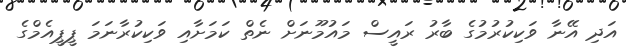
އަދި އޭނާ ވަކިކުރުމުގެ ބާރު ރައީސް މައުމޫނަށް ނެތް ކަމަށާއި ވަކިކުރާނަމަ ޕީޕީއެމްގެ